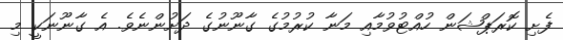
ފެށި ކޮރަޕްޝަން ހުއްޓުވުމާއި މަނާ ކުރުމުގެ ގާނޫނުގެ ދަށުންނެވެ. އެ ގާނޫނަކީ މި